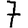
Digit: 7